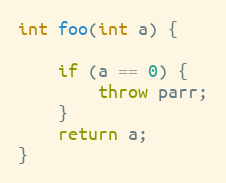
Language: C++
int foo(int a) {

    if (a == 0) {
        throw parr;
    }
    return a;
}